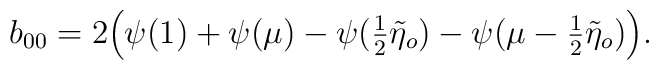
b_{00}=2\Bigl(\psi(1)+\psi(\mu)-\psi({\textstyle{\frac{1}{2}}}\tilde{\eta}_{o})-\psi(\mu-{\textstyle{\frac{1}{2}}}\tilde{\eta}_{o})\Bigl).